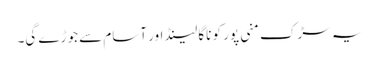
یہ سڑک منی پور کو ناگا لینڈ اور آسام سے جوڑے گی۔